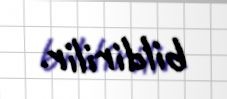
bildirilir.